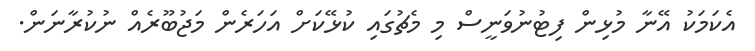
އެކަމަކު އޭނާ މުޅިން ފިޓުނުވަނީސް މި މެޗުގައި ކުޅޭކަށް އަހަރެން މަޖުބޫރެއް ނުކުރާނަން.